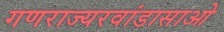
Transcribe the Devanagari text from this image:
गणराज्यरवांडासाओ